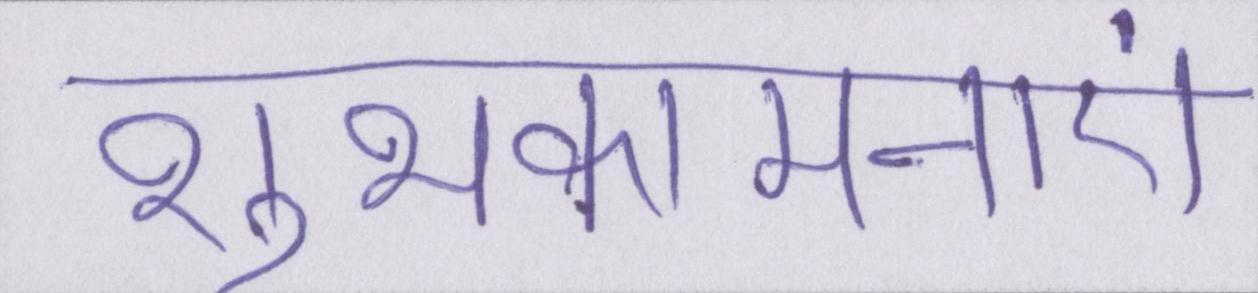
शुभकांमनाएं